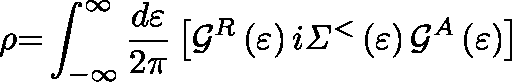
\rho { = } \int _ { { - } { \infty } } ^ { { \infty } } { \frac { d \varepsilon } { { 2 } \pi } \left[ { \mathcal { G } } ^ { R } \left( \varepsilon \right) i { \hslash } { \mathit { \Sigma } } ^ { { < } } \left( \varepsilon \right) { \mathcal { G } } ^ { A } \left( \varepsilon \right) \right] }